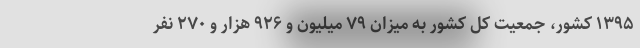
۱۳۹۵ کشور، جمعیت کل کشور به میزان ۷۹ میلیون و ۹۲۶ هزار و ۲۷۰ نفر